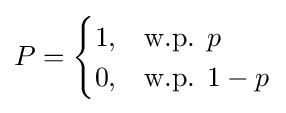
P={\begin{cases}1,&{\text{w.p. }}p\\0,&{\text{w.p. }}1-p\end{cases}}